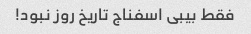
فقط بیبی اسفناج تاریخ روز نبود!